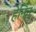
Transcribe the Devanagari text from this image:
हेनिन्